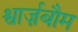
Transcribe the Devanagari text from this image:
श्वार्ज़बौम